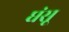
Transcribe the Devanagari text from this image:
घंसू